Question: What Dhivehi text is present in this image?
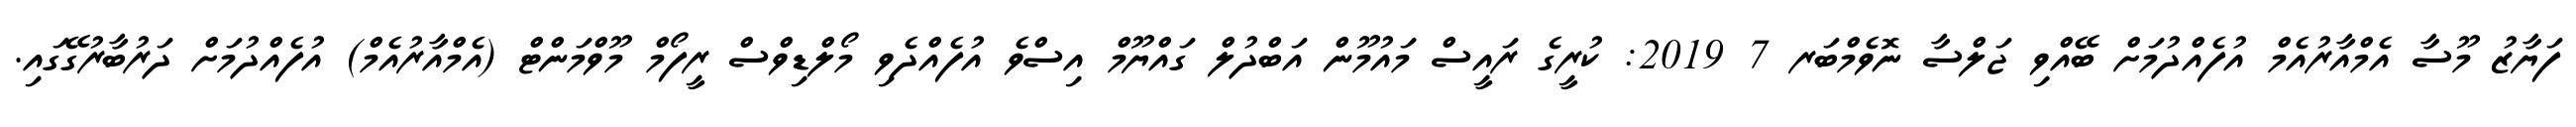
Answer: ފަޔާޒު މޫސާ އެމްއާރުއެމް އުފެއްދުމަށް ބޭއްވި ޖަލްސާ ނޮވެމްބަރ 7 2019: ކުރީގެ ރައީސް މައުމޫން އަބްދުލް ގައްޔޫމް އިސްވެ އުފެއްދެވި މޯލްޑިވްސް ރީފޯމް މޫވްމަންޓް (އެމްއާރުއެމް) އުފެއްދުމަށް ދަރުބާރުގޭގައި.